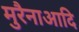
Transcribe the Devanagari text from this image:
मुरैनाआदि